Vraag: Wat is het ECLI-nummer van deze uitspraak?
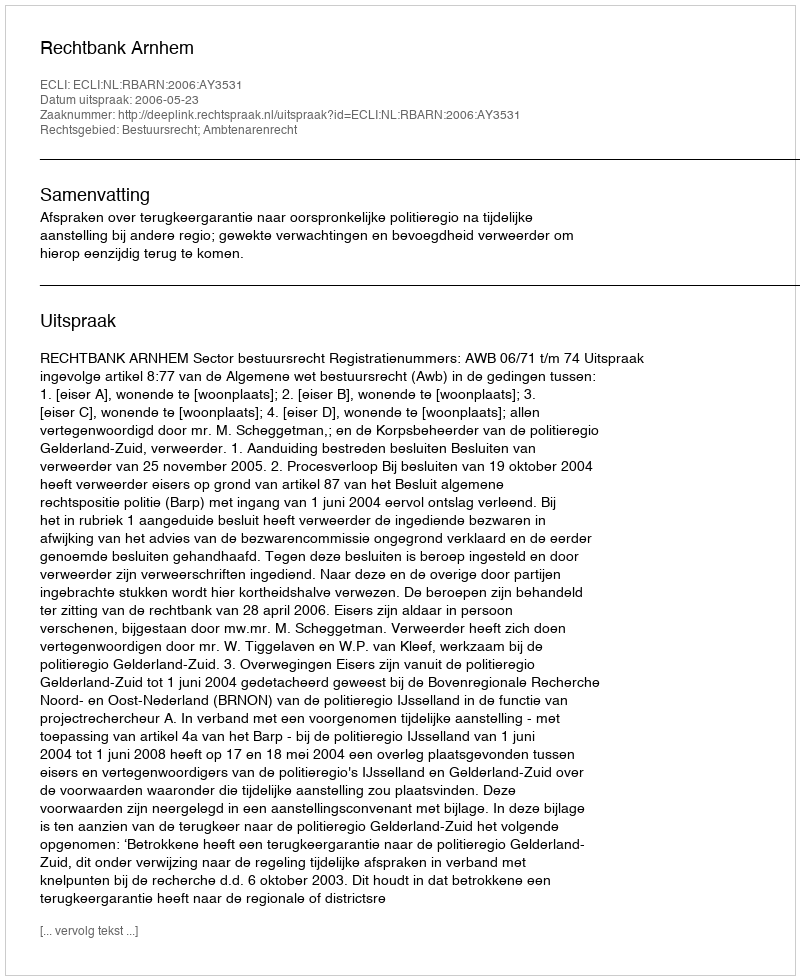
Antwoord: ECLI:NL:RBARN:2006:AY3531